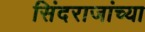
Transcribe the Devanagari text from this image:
सिंदराजांच्या